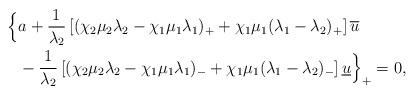
LaTeX: \begin{align*}\Big\{&a+\frac{1}{\lambda_2}\left[(\chi_2\mu_2\lambda_2-\chi_1\mu_1\lambda_1)_{+}+\chi_{1}\mu_{1}(\lambda_1-\lambda_2)_{+}\right]\overline{u}\\&- \frac{1}{\lambda_2}\left[(\chi_2\mu_2\lambda_2-\chi_1\mu_1\lambda_1)_{-}+\chi_1\mu_1(\lambda_1-\lambda_2)_{-}\right]\underline{u}\Big\}_+=0, \end{align*}